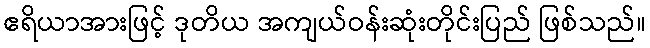
ဧရိယာအားဖြင့် ဒုတိယ အကျယ်ဝန်းဆုံးတိုင်းပြည် ဖြစ်သည်။